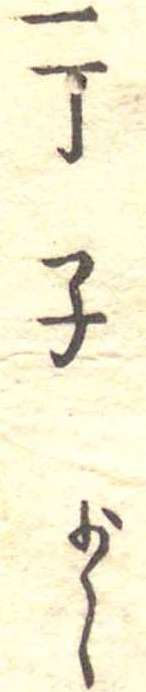
一丁子少々